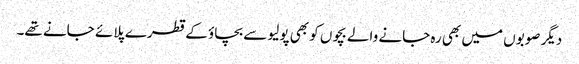
دیگر صوبوں میں بھی رہ جانے والے بچوں کو بھی پولیو سے بچاؤ کے قطرے پلائے جانے تھے۔